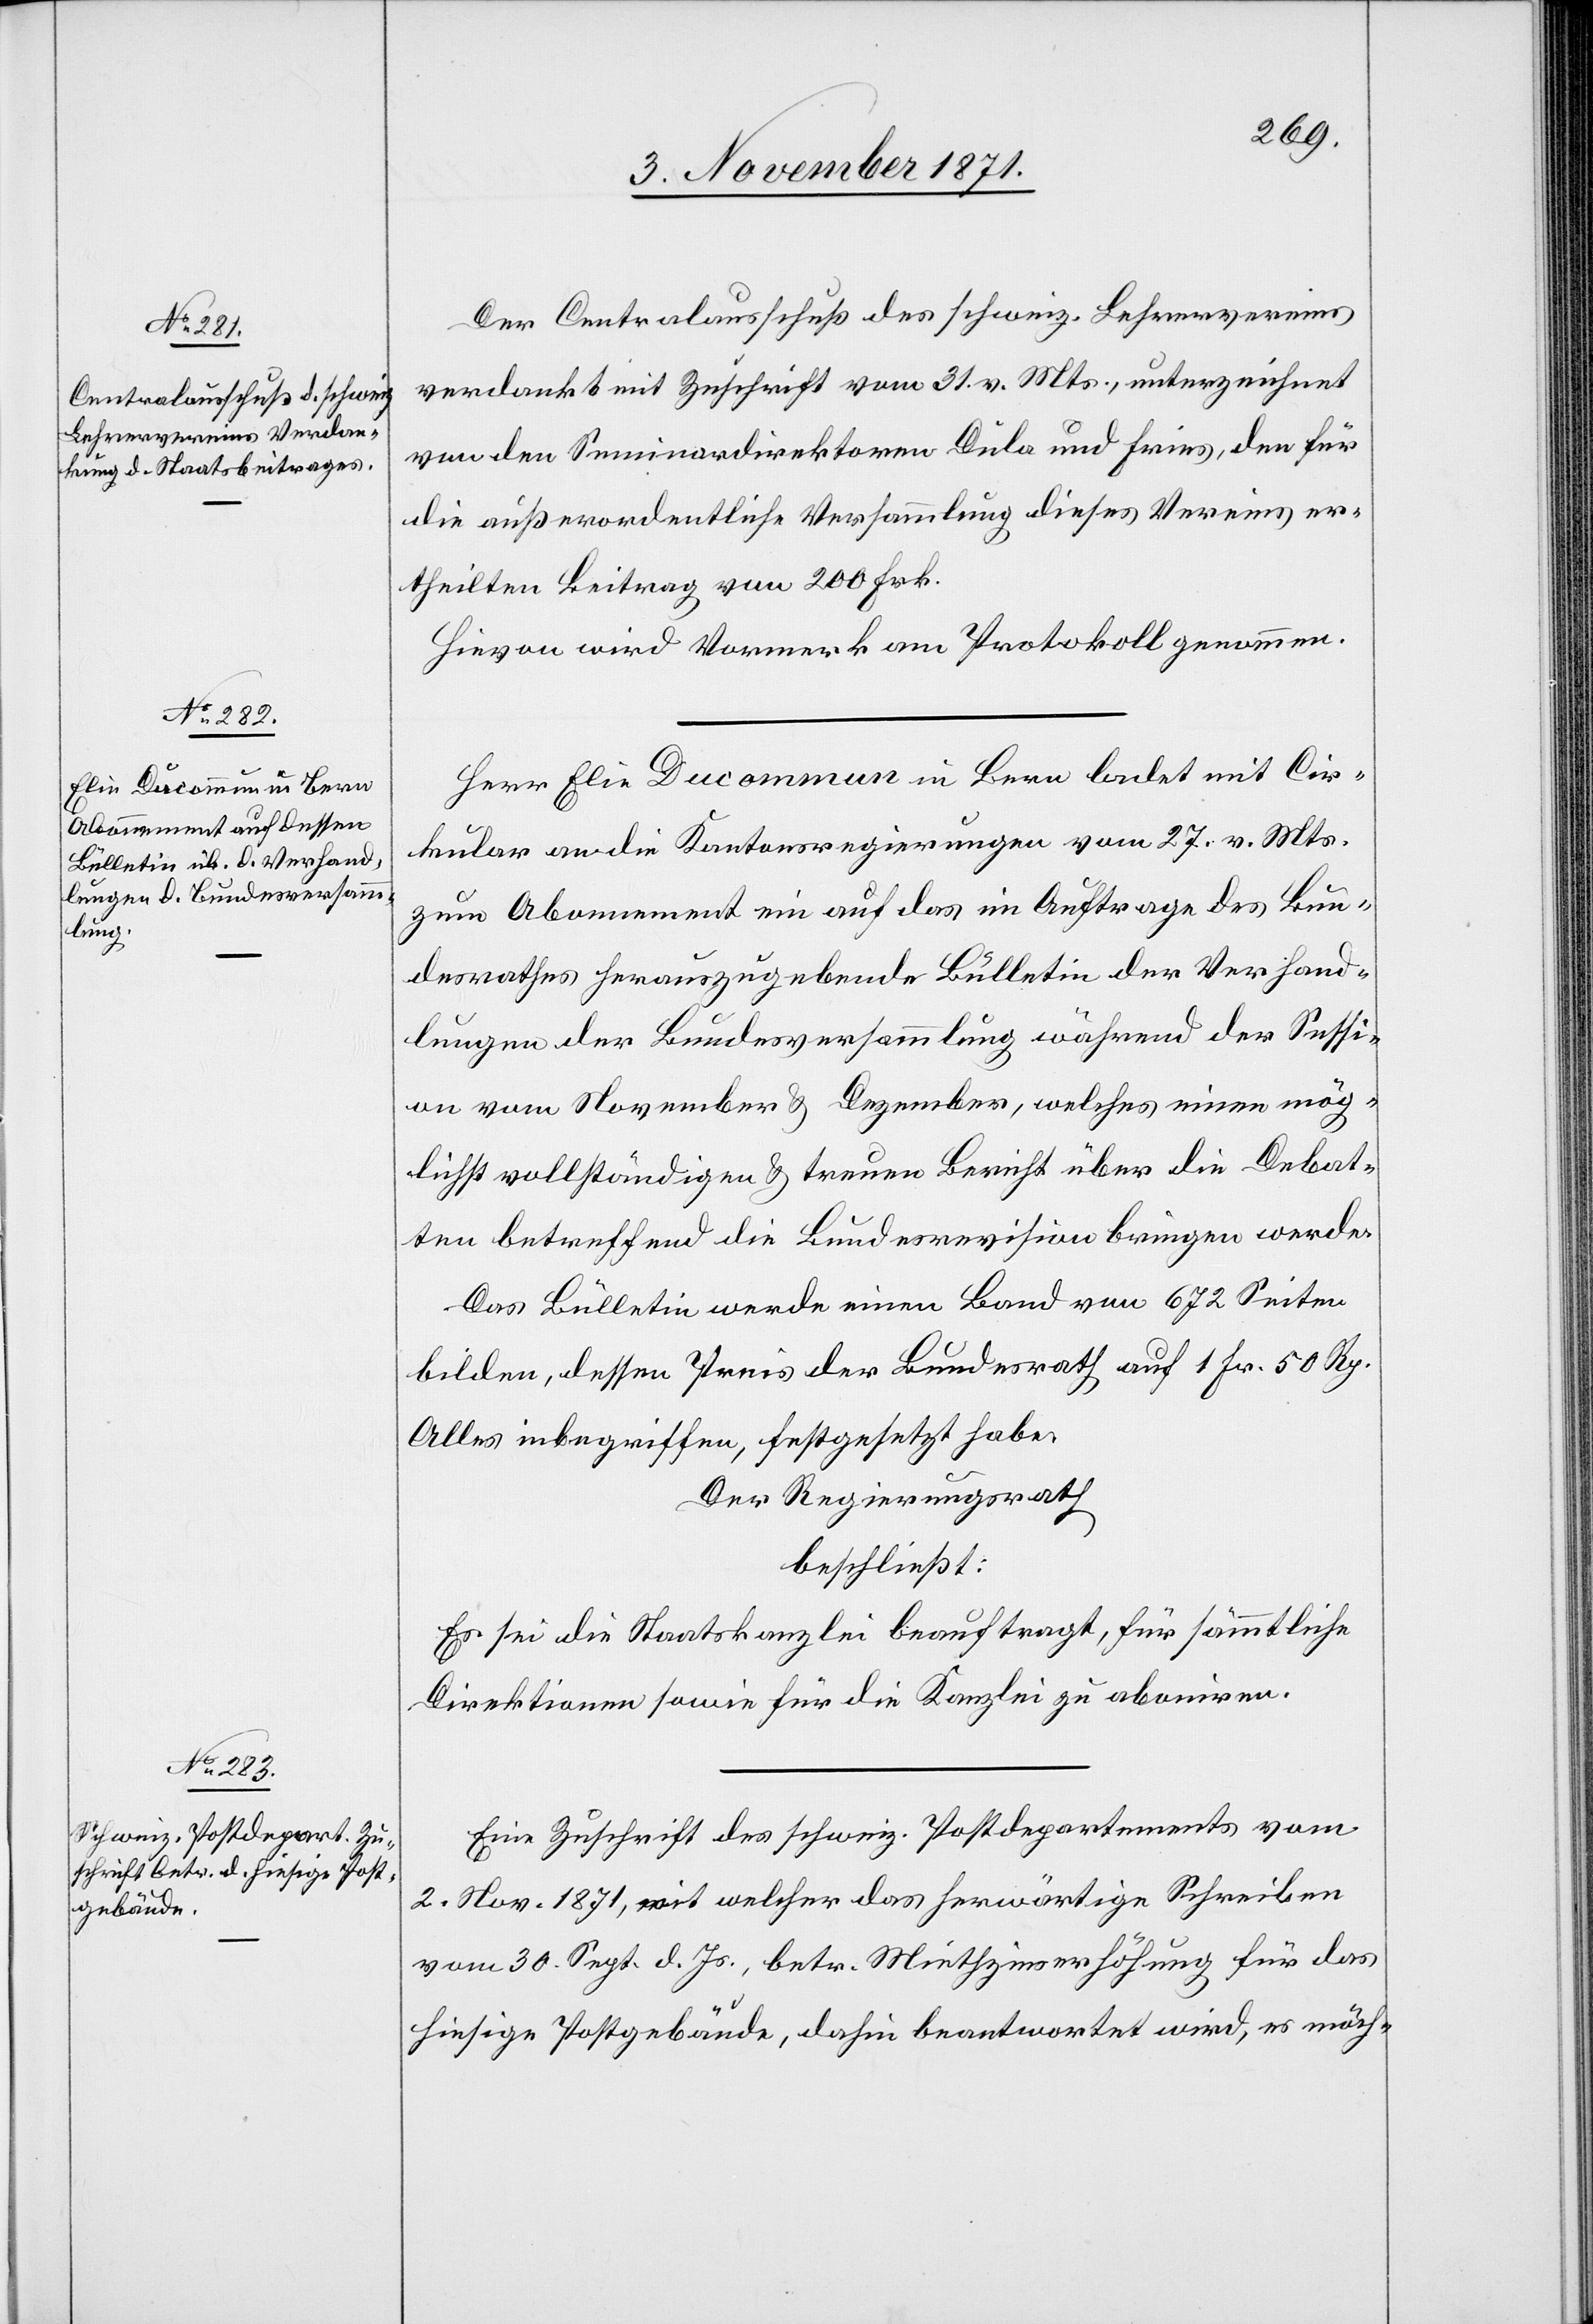
Der Centralausschuß des schweiz. Lehrervereins
verdankt mit Zuschrift vom 31. v. Mts., unterzeichnet
von den Seminardirektoren Dula und Fries, den für
die außerordentliche Versammlung dieses Vereins er¬
theilten Beitrag von 200 Frk.
Hievon wird Vormerk am Protokoll genommen.
Herr Elie Ducommun in Bern ladet mit Cir¬
kular an die Kantonsregierungen vom 27. v. Mts.
zum Abonnement ein auf das im Auftrage des Bun¬
desrathes herauszugebende Bülletin der Verhand¬
lungen der Bundesversammlung während der Sessi¬
on vom November & Dezember, welches einen mög¬
lichst vollständigen & treuen Bericht über die Debat¬
ten betreffend die Bundesrevision bringen werde.
Das Bülletin werde einen Band von 672 Seiten
bilden, dessen Preis der Bundesrath auf 1 Fr. 50 Rp.
Alles inbegriffen, festgesetzt habe.
Der Regierungsrath
beschließt:
Es sei die Staatskanzlei beauftragt, für sämmtliche
Direktionen sowie für die Kanzlei zu aboniren.
Eine Zuschrift des schweiz. Postdepartements vom
2. Nov. 1871, mit welcher das herwärtige Schreiben
vom 30. Sept. d. Js, betr. Miethzinserhöhung für das
hiesige Postgebäude, dahin beantwortet wird, es möch-